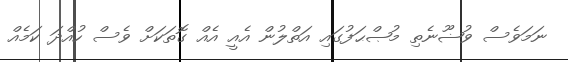
ނަމަވެސް ވުޟޫނެތި މުޞްޙަފުގައި އަތްލުން އެއީ އެއް ގޮތަކަށް ވެސް ހުއްދަ ކަމެއް